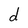
Character: d